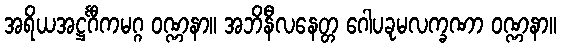
အရိယအဋ္ဌင်္ဂီကမဂ္ဂ ဝဏ္ဏနာ။ အဘိနီလနေတ္တ ဂေါပခုမလက္ခဏာ ဝဏ္ဏနာ။